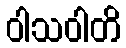
ဝါသဝါတိ